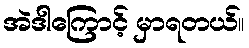
အဲဒါကြောင့် မှာရတယ်။